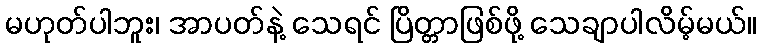
မဟုတ်ပါဘူး၊ အာပတ်နဲ့ သေရင် ပြိတ္တာဖြစ်ဖို့ သေချာပါလိမ့်မယ်။